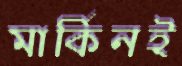
মার্কিনই